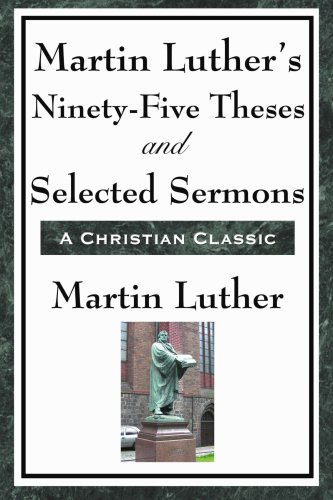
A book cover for Martin Luther's Ninety-Five Theses and Selected Sermons; Martin Luther; Christian Books & Bibles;